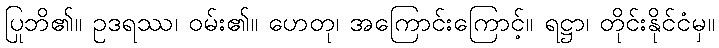
ပြုဘိ၏။ ဥဒရဿ၊ ဝမ်း၏။ ဟေတု၊ အကြောင်းကြောင့်။ ရဋ္ဌာ၊ တိုင်းနိုင်ငံမှ။